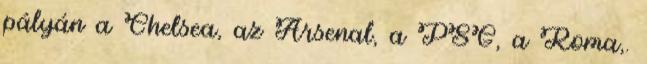
pályán a Chelsea, az Arsenal, a PSG, a Roma,.